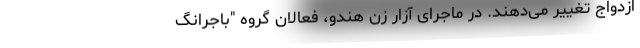
ازدواج تغییر می‌دهند. در ماجرای آزار زن هندو، فعالان گروه "باجرانگ